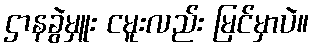
ဌာနခွဲမှူး ငမူးလည်း မြင်မှာပဲ။